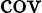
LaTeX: \textstyle\operatorname{cov}